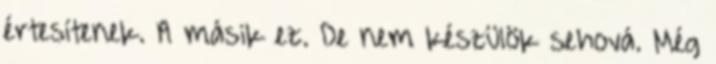
értesítenek. A másik ez. De nem készülök sehová. Még